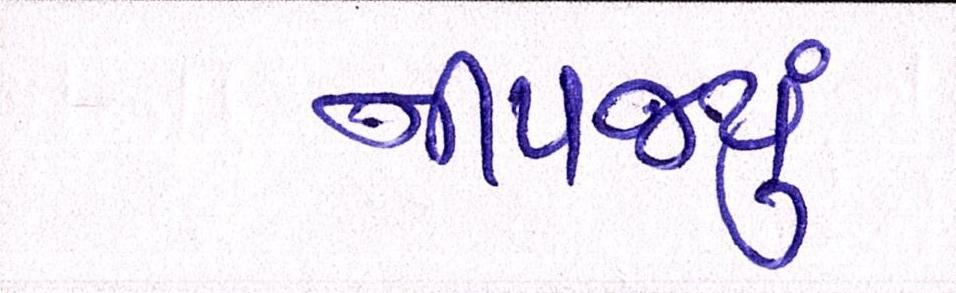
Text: નીપજ્યું